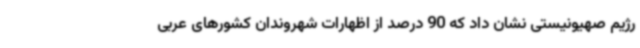
رژیم صهیونیستی نشان داد که 90 درصد از اظهارات شهروندان کشورهای عربی